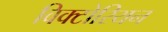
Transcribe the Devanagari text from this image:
विक्‍टोरियन